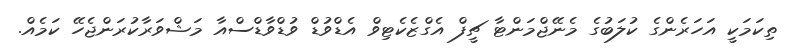
ތިކަމަކީ އަހަރެންގެ ކުލަބުގެ މެނޭޖްމަންޓާ ޗީފް އެގްޒެކެޓިވް އެޑްވުޑް ވުޑްވާޑްސްއާ މަޝްވަރާކުރަންޖެހޭ ކަމެއް.